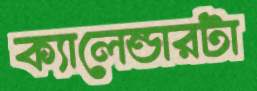
ক্যালেন্ডারটা